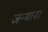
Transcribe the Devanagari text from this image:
जन्माना